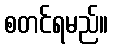
စတင်ရမည်။